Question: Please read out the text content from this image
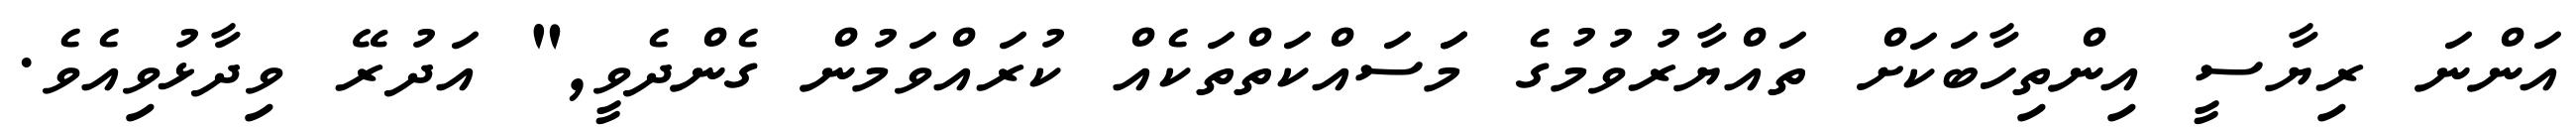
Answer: އަންނަ ރިޔާސީ އިންތިހާބަކަށް ތައްޔާރުވުމުގެ މަަސައްކަތްތަކެއް ކުރައްވަމުން ގެންދެވީ," އަދުރޭ ވިދާޅުވިއެވެ.